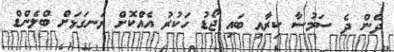
ދެން ދެ ސަމުސާ ކިރާއި ބައި ޖޯޑު ހަކުރު އެއްކޮށް ރަނގަޅަށް ބްލެންޑް